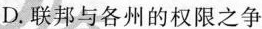
D.联邦与各州的权限之争